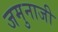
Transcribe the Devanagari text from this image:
जमुनाजी